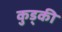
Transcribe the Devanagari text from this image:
कुड्की